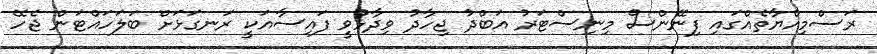
ރަސްމިއްޔާތެއްގައި ފިނޭންސް މިނިސްޓަރު އަބްދު ޖިހާދު ވިދާޅުވީ ފައިސާއަކީ ރަނގަޅަށް ބަލަހައްޓަން ޖެހޭ